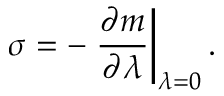
\sigma = - \left. \frac { \partial m } { \partial \lambda } \right| _ { \lambda = 0 } .